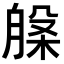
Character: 𭨾